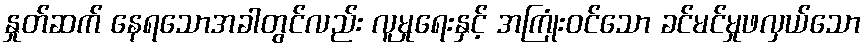
နှုတ်ဆက် နေရသောအခါတွင်လည်း လူမှုရေးနှင့် အကြုံးဝင်သော ခင်မင်မှုဖလှယ်သော